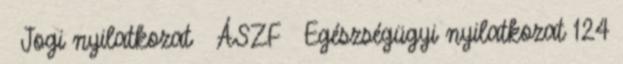
Jogi nyilatkozat ÁSZF Egészségügyi nyilatkozat 124